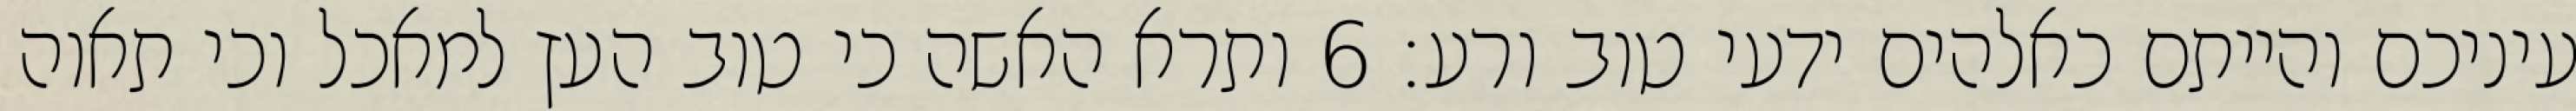
עיניכם והייתם כאלהים ידעי טוב ורע׃ ‎6‏ ותרא האשה כי טוב העץ למאכל וכי תאוה